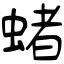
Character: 蝫